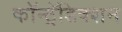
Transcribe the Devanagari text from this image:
कॉन्ट्रॅडिक्शन